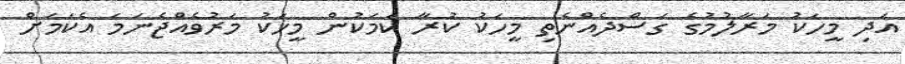
އަދި މީހަކު މަރާލުމުގެ ގަސްދެއްނެތި މީހަކު ކުރާ ކަމަކުން މީހަކު މަރުވެއްޖެނަމަ އެކަމަށް